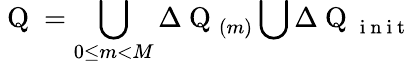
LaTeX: \mathrm{~Q~}=\bigcup_{0\leq m<M}\Delta\mathrm{~Q~}_{(m)}\bigcup\Delta\mathrm{~Q~}_{\mathrm{~i~n~i~t~}}